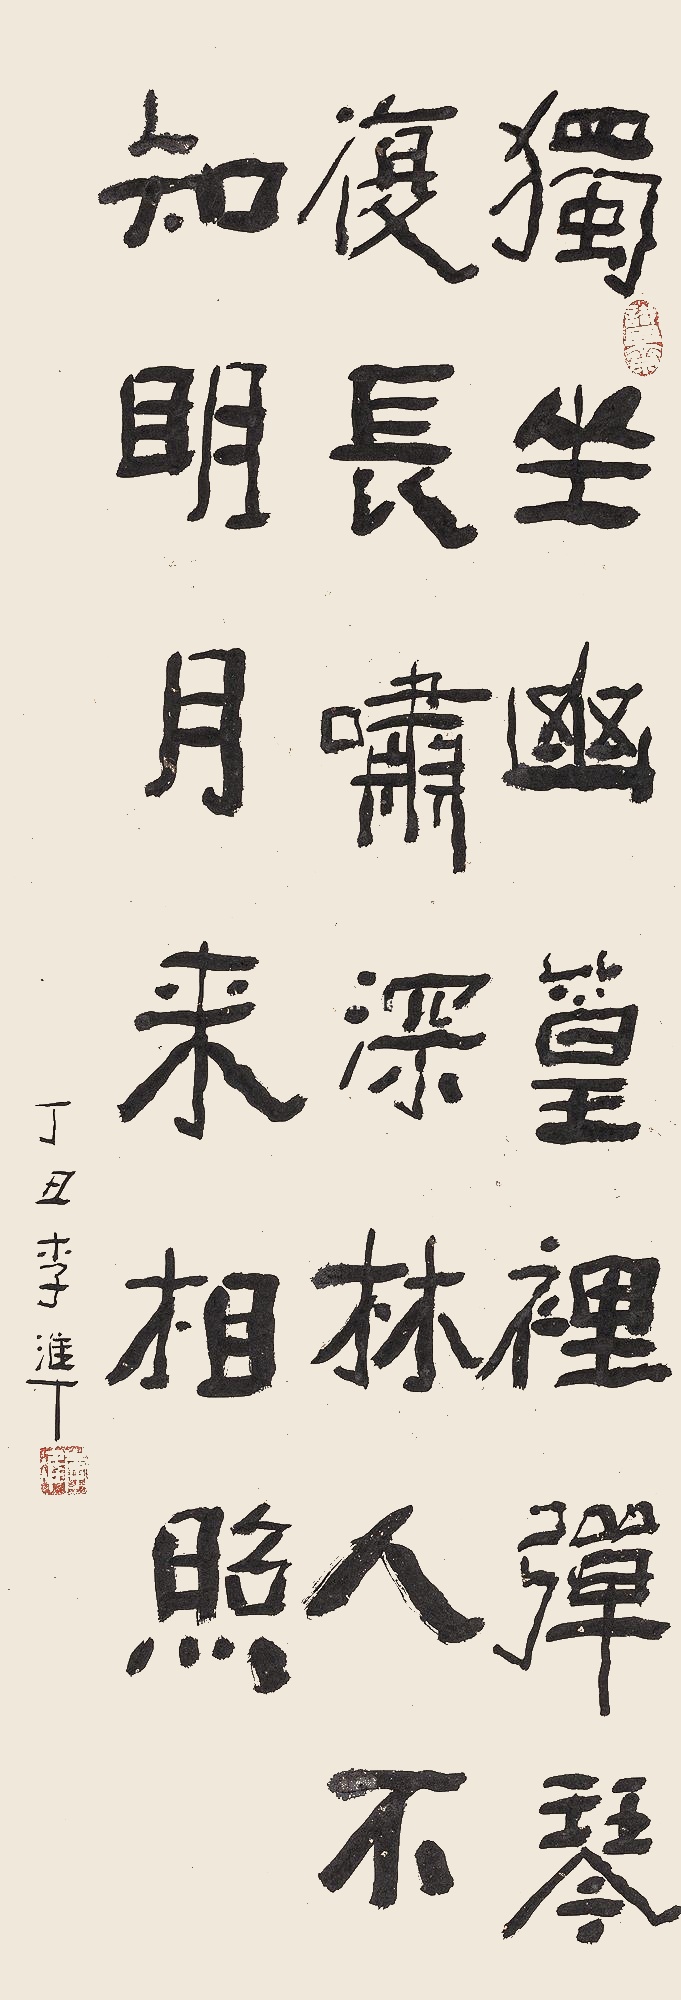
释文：独坐幽篁里，弹琴复长啸。深林人不知，明月来相照。丁丑，李准。